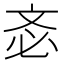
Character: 𣁆